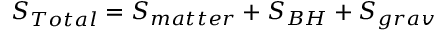
S _ { T o t a l } = S _ { m a t t e r } + S _ { B H } + S _ { g r a v }